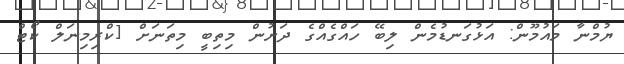
ޔުމްނާ މައުމޫން: އަޅުގަނޑުމެން ލިބޭ ހައްގެއްގެ ދަށުން މިތިބީ މިތަނަށް [ކްރިމިނަލް ކޯޓް